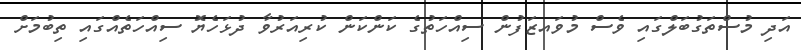
އަދި މުސްތަގުބަލްގައި ވެސް މުވައޒަފުން ސިއްހަތުގެ ކަންކަން ކުރިއަރުވާ ދުޅަހެޔޮ ސިއްހަތެއްގައި ތިބުމަށް